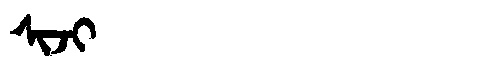
Manchu: ᠰᡳᠵᡳ
Romanization: SIJI